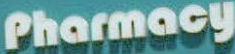
Pharmacy